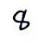
8